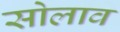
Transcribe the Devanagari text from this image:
सोलाव